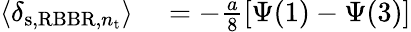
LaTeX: \begin{array}{rl}{\langle\delta_{\mathrm{s},\mathrm{RBBR},n_{\mathrm{t}}}\rangle}&{{}=-\frac{a}{8}\left[\Psi(1)-\Psi(3)\right]}\end{array}